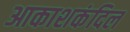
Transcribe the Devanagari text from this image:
आकाशकंदिल